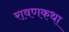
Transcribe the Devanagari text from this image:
रावणकथा